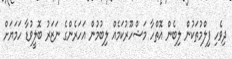
ދިވެހި ފިލްމުތަކުން ލިބެން އޮތްހާ މަޝްހޫރުކަމެއް ލިބުމުން އަހަރެންގެ ނަޒަރު ބޮލީވުޑާ ހަމަޔަށް